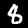
Digit: 8